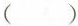
( )